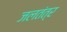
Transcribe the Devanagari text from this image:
जलतंत्र